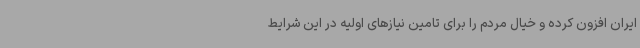
ایران افزون کرده و خیال مردم را برای تامین نیازهای اولیه در این شرایط